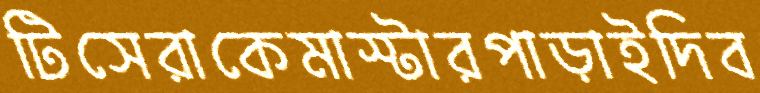
টিসেরাকেমাস্টারপাড়াইদিব